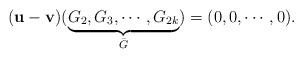
LaTeX: \begin{align*} (\mathbf{u}-\mathbf{v})(\underbrace{G_2,G_3,\cdots,G_{2k}}_{\bar{G}})=(0,0,\cdots,0). \end{align*}